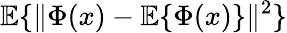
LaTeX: {\mathbb E}\{ \| \Phi(x)-{\mathbb E}\{ \Phi(x)\} \| ^{2}\}